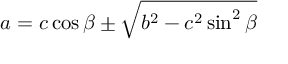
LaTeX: a = c \cos \beta \pm { \sqrt { b ^ { 2 } - c ^ { 2 } \sin ^ { 2 } \beta } }